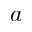
a